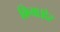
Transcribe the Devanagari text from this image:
किया।देर